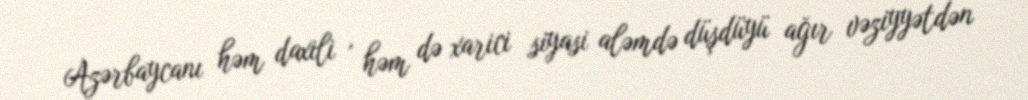
Azərbaycanı həm daxili , həm də xarici siyasi aləmdə düşdüyü ağır vəziyyətdən